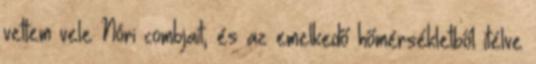
vettem vele Nóri combjait, és az emelkedő hőmérsékletből ítélve